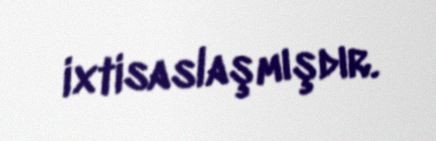
ixtisaslaşmışdır.